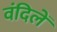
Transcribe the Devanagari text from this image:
वंदिलें